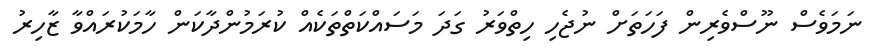
ނަމަވެސް ނޫސްވެރިން ފަހަތަށް ނުޖެހި ހިތްވަރު ގަދަ މަސައްކަތްތަކެއް ކުރަމުންދާކަން ހާމަކުރައްވާ ޒާހިރު